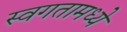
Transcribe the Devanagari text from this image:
स्वगतामध्ये